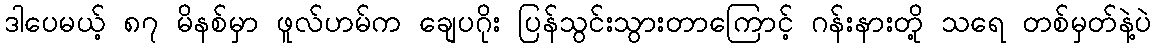
ဒါပေမယ့် ၈၇ မိနစ်မှာ ဖူလ်ဟမ်က ချေပဂိုး ပြန်သွင်းသွားတာကြောင့် ဂန်းနားတို့ သရေ တစ်မှတ်နဲ့ပဲ